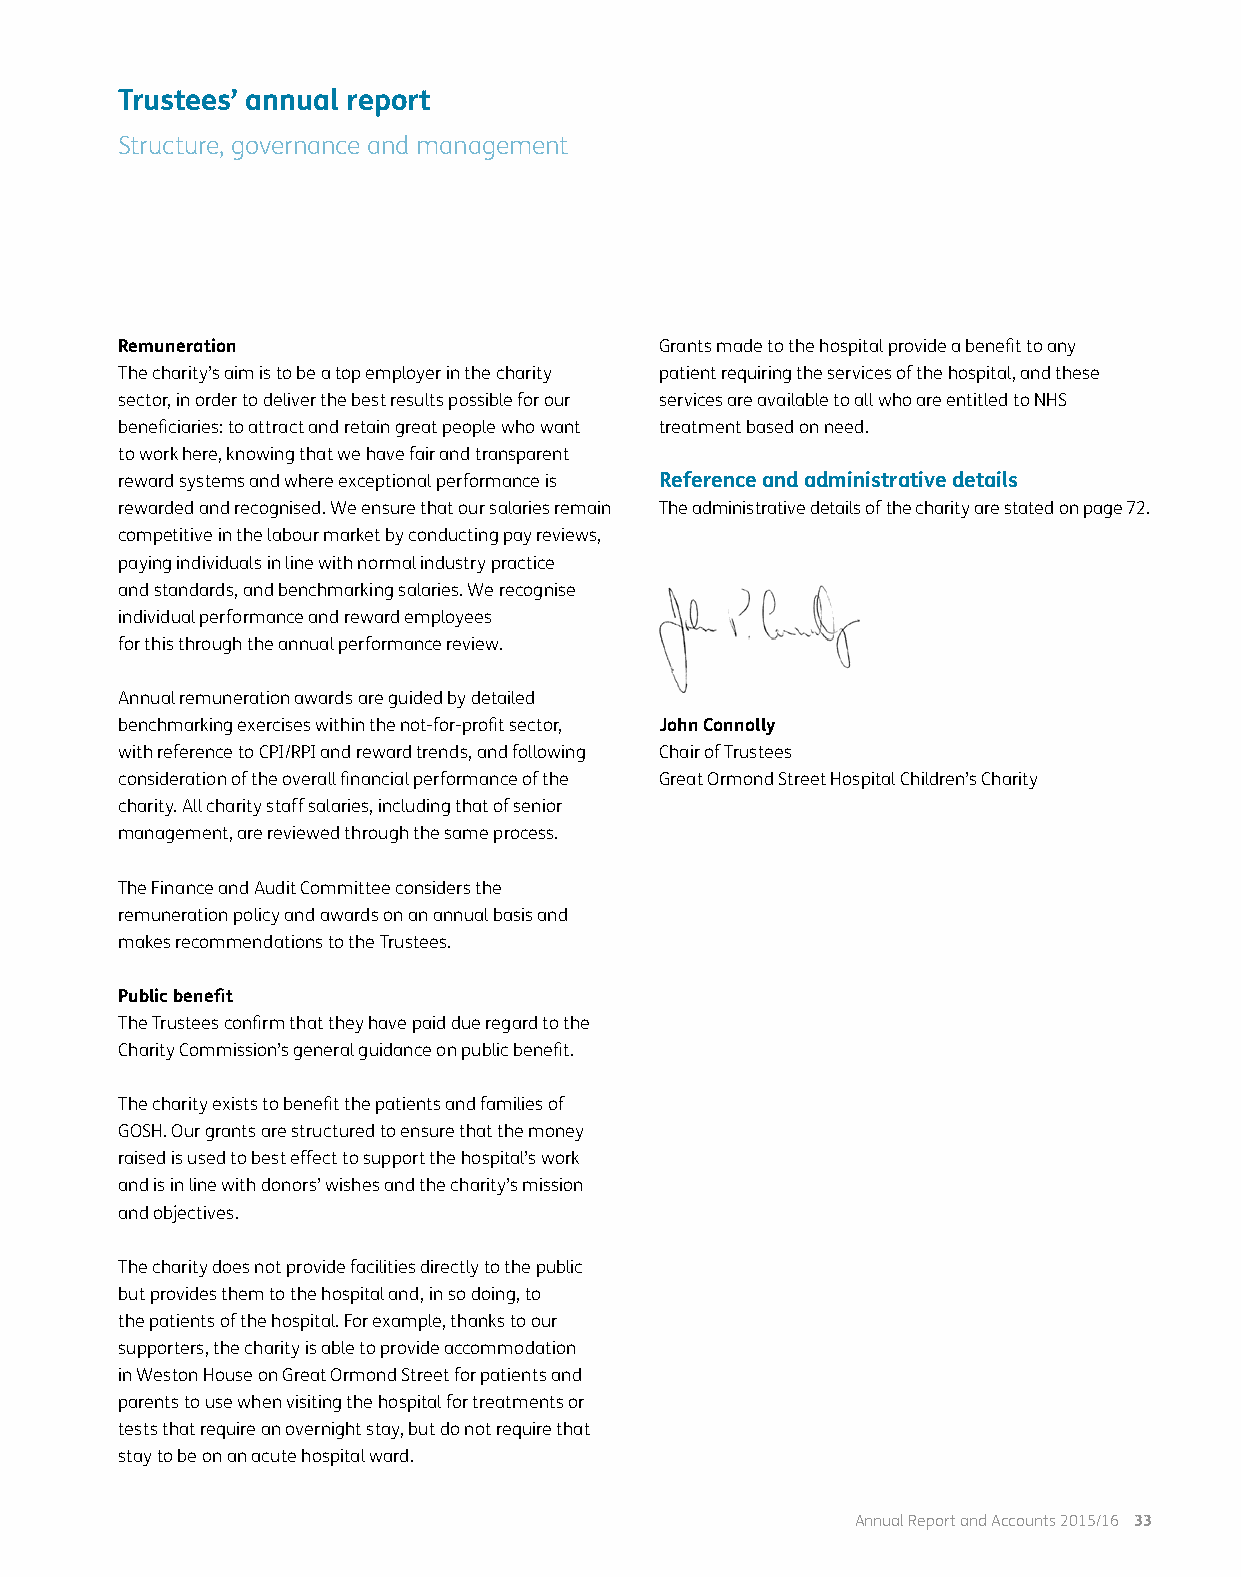
Trustees’ annual report
 Structure, governance and management
 Remuneration                        Grants made to the hospital provide a benefit to any
 The charity’s aim is to be a top employer in the charity patient requiring the services of the hospital, and these
 sector, in order to deliver the best results possible for our services are available to all who are entitled to NHS
 beneficiaries: to attract and retain great people who want treatment based on need.
 to work here, knowing that we have fair and transparent
 reward systems and where exceptional performance is Reference and administrative details
 rewarded and recognised. We ensure that our salaries remain The administrative details of the charity are stated on page 72.
 competitive in the labour market by conducting pay reviews,
 paying individuals in line with normal industry practice
 and standards, and benchmarking salaries. We recognise
 individual performance and reward employees
 for this through the annual performance review.
 Annual remuneration awards are guided by detailed
 benchmarking exercises within the not-for-profit sector, John Connolly
 with reference to CPI/RPI and reward trends, and following Chair of Trustees
 consideration of the overall financial performance of the Great Ormond Street Hospital Children’s Charity
 charity. All charity staff salaries, including that of senior
 management, are reviewed through the same process.
 The Finance and Audit Committee considers the
 remuneration policy and awards on an annual basis and
 makes recommendations to the Trustees.
 Public benefit
 The Trustees confirm that they have paid due regard to the
 Charity Commission’s general guidance on public benefit.
 The charity exists to benefit the patients and families of
 GOSH. Our grants are structured to ensure that the money
 raised is used to best effect to support the hospital’s work
 and is in line with donors’ wishes and the charity’s mission
 and objectives.
 The charity does not provide facilities directly to the public
 but provides them to the hospital and, in so doing, to
 the patients of the hospital. For example, thanks to our
 supporters, the charity is able to provide accommodation
 in Weston House on Great Ormond Street for patients and
 parents to use when visiting the hospital for treatments or
 tests that require an overnight stay, but do not require that
 stay to be on an acute hospital ward.
 Annual Report and Accounts 2015/16 33